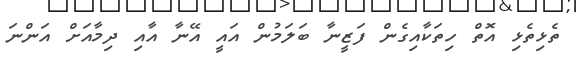
ތެޅިތެޅި އޮތް ހިތަކާއިގެން ފަޒީނާ ބަލަމުން އައީ އޭނާ އާއި ދިމާއަށް އަންނަ